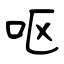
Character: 呕